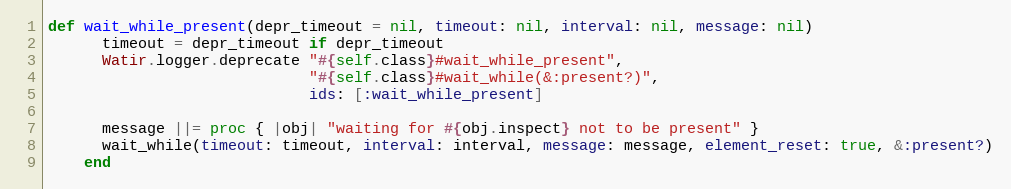
Language: Ruby
def wait_while_present(depr_timeout = nil, timeout: nil, interval: nil, message: nil)
      timeout = depr_timeout if depr_timeout
      Watir.logger.deprecate "#{self.class}#wait_while_present",
                             "#{self.class}#wait_while(&:present?)",
                             ids: [:wait_while_present]

      message ||= proc { |obj| "waiting for #{obj.inspect} not to be present" }
      wait_while(timeout: timeout, interval: interval, message: message, element_reset: true, &:present?)
    end